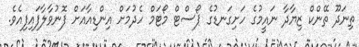
ތިނަދޫ ތޭންކް ޒިޔާދާ ނައީމުގެ ހަށިގަނޑުގެ ޕޯސްޓް މޯޓަމް ހެދުމަށް އިންޑިއާއަށް ފޮނުވާލާފައިފިއެވެ.